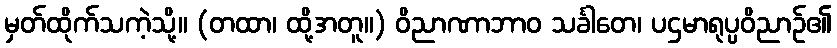
မှတ်ထိုက်သကဲ့သို့။ (တထာ၊ ထို့အတူ။) ဝိညာဏာဘာဝ သင်္ခါတေ၊ ပဌမာရုပ္ပဝိညာဉ်၏